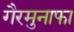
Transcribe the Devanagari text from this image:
गैरमुनाफा